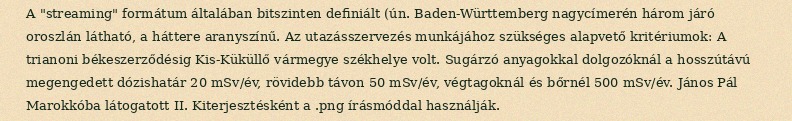
A "streaming" formátum általában bitszinten definiált (ún. Baden-Württemberg nagycímerén három járó oroszlán látható, a háttere aranyszínű. Az utazásszervezés munkájához szükséges alapvető kritériumok: A trianoni békeszerződésig Kis-Küküllő vármegye székhelye volt. Sugárzó anyagokkal dolgozóknál a hosszútávú megengedett dózishatár 20 mSv/év, rövidebb távon 50 mSv/év, végtagoknál és bőrnél 500 mSv/év. János Pál Marokkóba látogatott II. Kiterjesztésként a .png írásmóddal használják.